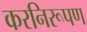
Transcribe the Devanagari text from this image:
करनिरूपण